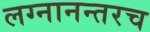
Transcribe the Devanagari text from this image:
लग्नानन्तरच